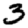
Digit: 3